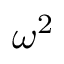
\omega ^ { 2 }